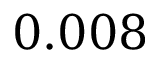
0 . 0 0 8